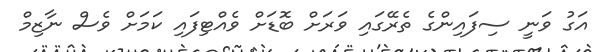
އަގު ވަނީ ސިފައިންގެ ތެރޭގައި ވަރަށް ބޮޑަށް ވެއްޓިފައި ކަމަށް ވެސް ނާޒިމް